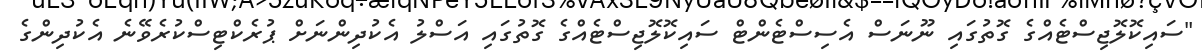
"ސައިކޮލޮޖިސްޓެއްގެ ގޮތުގައި ނޫނަސް އެސިސްޓެންޓް ސައިކޮލޮޖިސްޓެއްގެ ގޮތުގައި އަސްލު އެކުދިންނަށް ޕުރެކްޓިސްކުރެވޭނެ އެކުދިންގެ